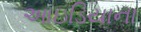
આઇડિયાના